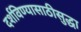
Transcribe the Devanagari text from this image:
दर्शविण्यासाठीसुद्धा